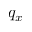
q _ { x }